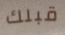
قبلك